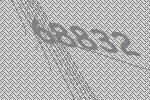
68832